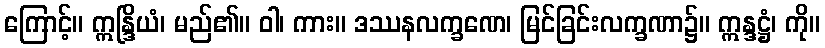
ကြောင့်။ ဣန္ဒြိယံ၊ မည်၏။ ဝါ၊ ကား။ ဒဿနလက္ခဏေ၊ မြင်ခြင်းလက္ခဏာ၌။ ဣန္ဒဋ္ဌံ၊ ကို။